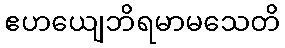
ဧဟယျေဘိရမာမသေတိ